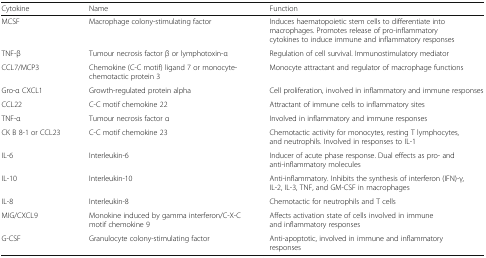
<table><thead><tr><td><b>Cytokine</b></td><td><b>Name</b></td><td><b>Function</b></td></tr></thead><tbody><tr><td>MCSF</td><td>Macrophage colony-stimulating factor</td><td>Induces haematopoietic stem cells to differentiate into macrophages. Promotes release of pro-inflammatory cytokines to induce immune and inflammatory responses</td></tr><tr><td>TNF-β</td><td>Tumour necrosis factor β or lymphotoxin-α</td><td>Regulation of cell survival. Immunostimulatory mediator</td></tr><tr><td>CCL7/MCP3</td><td>Chemokine (C-C motif) ligand 7 or monocyte-chemotactic protein 3</td><td>Monocyte attractant and regulator of macrophage functions</td></tr><tr><td>Gro-α CXCL1</td><td>Growth-regulated protein alpha</td><td>Cell proliferation, involved in inflammatory and immune responses</td></tr><tr><td>CCL22</td><td>C-C motif chemokine 22</td><td>Attractant of immune cells to inflammatory sites</td></tr><tr><td>TNF-α</td><td>Tumour necrosis factor α</td><td>Involved in inflammatory and immune responses</td></tr><tr><td>CK B 8-1 or CCL23</td><td>C-C motif chemokine 23</td><td>Chemotactic activity for monocytes, resting T lymphocytes, and neutrophils. Involved in responses to IL-1</td></tr><tr><td>IL-6</td><td>Interleukin-6</td><td>Inducer of acute phase response. Dual effects as pro- and anti-inflammatory molecules</td></tr><tr><td>IL-10</td><td>Interleukin-10</td><td>Anti-inflammatory. Inhibits the synthesis of interferon (IFN)-γ, IL-2, IL-3, TNF, and GM-CSF in macrophages</td></tr><tr><td>IL-8</td><td>Interleukin-8</td><td>Chemotactic for neutrophils and T cells</td></tr><tr><td>MIG/CXCL9</td><td>Monokine induced by gamma interferon/C-X-C motif chemokine 9</td><td>Affects activation state of cells involved in immune and inflammatory responses</td></tr><tr><td>G-CSF</td><td>Granulocyte colony-stimulating factor</td><td>Anti-apoptotic, involved in immune and inflammatory responses</td></tr></tbody></table>